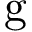
\mathrm { g }